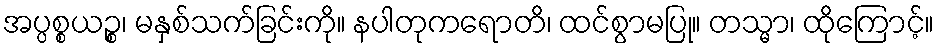
အပ္ပစ္စယဉ္စ၊ မနှစ်သက်ခြင်းကို။ နပါတုကရောတိ၊ ထင်စွာမပြု။ တသ္မာ၊ ထိုကြောင့်။